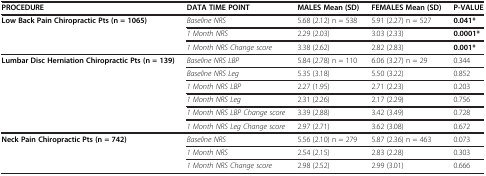
<table><thead><tr><td><b>PROCEDURE</b></td><td><b>DATA TIME POINT</b></td><td><b>MALES Mean (SD)</b></td><td><b>FEMALES Mean (SD)</b></td><td><b>P-VALUE</b></td></tr></thead><tbody><tr><td><b>Low Back Pain Chiropractic Pts (n = 1065)</b></td><td><i>Baseline NRS</i></td><td>5.68 (2.12) n = 538</td><td>5.91 (2.27) n = 527</td><td><b>0.041*</b></td></tr><tr><td> </td><td><i>1 Month NRS</i></td><td>2.29 (2.03)</td><td>3.03 (2.33)</td><td><b>0.0001*</b></td></tr><tr><td> </td><td><i>1 Month NRS Change score</i></td><td>3.38 (2.62)</td><td>2.82 (2.83)</td><td><b>0.001*</b></td></tr><tr><td><b>Lumbar Disc Herniation Chiropractic Pts (n = 139)</b></td><td><i>Baseline NRS LBP</i></td><td>5.84 (2.78) n = 110</td><td>6.06 (3.27) n = 29</td><td>0.344</td></tr><tr><td> </td><td><i>Baseline NRS Leg</i></td><td>5.35 (3.18)</td><td>5.50 (3.22)</td><td>0.852</td></tr><tr><td> </td><td><i>1 Month NRS LBP</i></td><td>2.27 (1.95)</td><td>2.71 (2.23)</td><td>0.203</td></tr><tr><td> </td><td><i>1 Month NRS Leg</i></td><td>2.31 (2.26)</td><td>2.17 (2.29)</td><td>0.756</td></tr><tr><td> </td><td><i>1 Month NRS LBP Change score</i></td><td>3.39 (2.88)</td><td>3.42 (3.49)</td><td>0.728</td></tr><tr><td> </td><td><i>1 Month NRS Leg Change score</i></td><td>2.97 (2.71)</td><td>3.62 (3.08)</td><td>0.672</td></tr><tr><td><b>Neck Pain Chiropractic Pts (n = 742)</b></td><td><i>Baseline NRS</i></td><td>5.56 (2.10) n = 279</td><td>5.87 (2.36) n = 463</td><td>0.073</td></tr><tr><td> </td><td><i>1 Month NRS</i></td><td>2.54 (2.15)</td><td>2.83 (2.28)</td><td>0.303</td></tr><tr><td> </td><td><i>1 Month NRS Change score</i></td><td>2.98 (2.52)</td><td>2.99 (3.01)</td><td>0.666</td></tr></tbody></table>